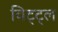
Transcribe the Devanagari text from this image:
विट्ट्ल